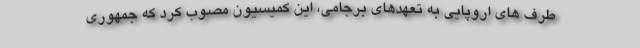
طرف های اروپایی به تعهدهای برجامی، این کمیسیون مصوب کرد که جمهوری